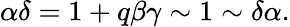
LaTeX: \alpha\delta=1+q\beta\gamma\sim 1\sim\delta\alpha.